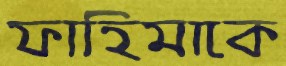
ফাহিমাকে